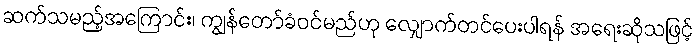
ဆက်သမည့်အကြောင်း၊ ကျွန်တော်ခံဝင်မည်ဟု လျှောက်တင်ပေးပါရန် အရေးဆိုသဖြင့်